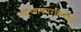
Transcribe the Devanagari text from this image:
त्याच्याकारकिर्दीत